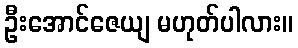
ဦးအောင်ဇေယျ မဟုတ်ပါလား။